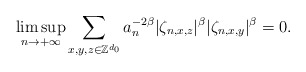
\begin{align*}\limsup_{n\rightarrow+\infty}\sum_{x,y,z\in\mathbb Z^{d_0}}a_n^{-2\beta}|\zeta_{n,x,z}|^\beta|\zeta_{n,x,y}|^\beta=0.\end{align*}